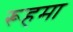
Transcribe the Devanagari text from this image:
रूहमा